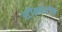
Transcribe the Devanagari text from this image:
स्टीमबोटींचे